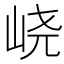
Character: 峣